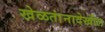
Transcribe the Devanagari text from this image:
खेळतांनादेखील